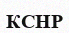
КСНР